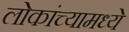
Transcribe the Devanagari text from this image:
लोकांच्यामध्ये